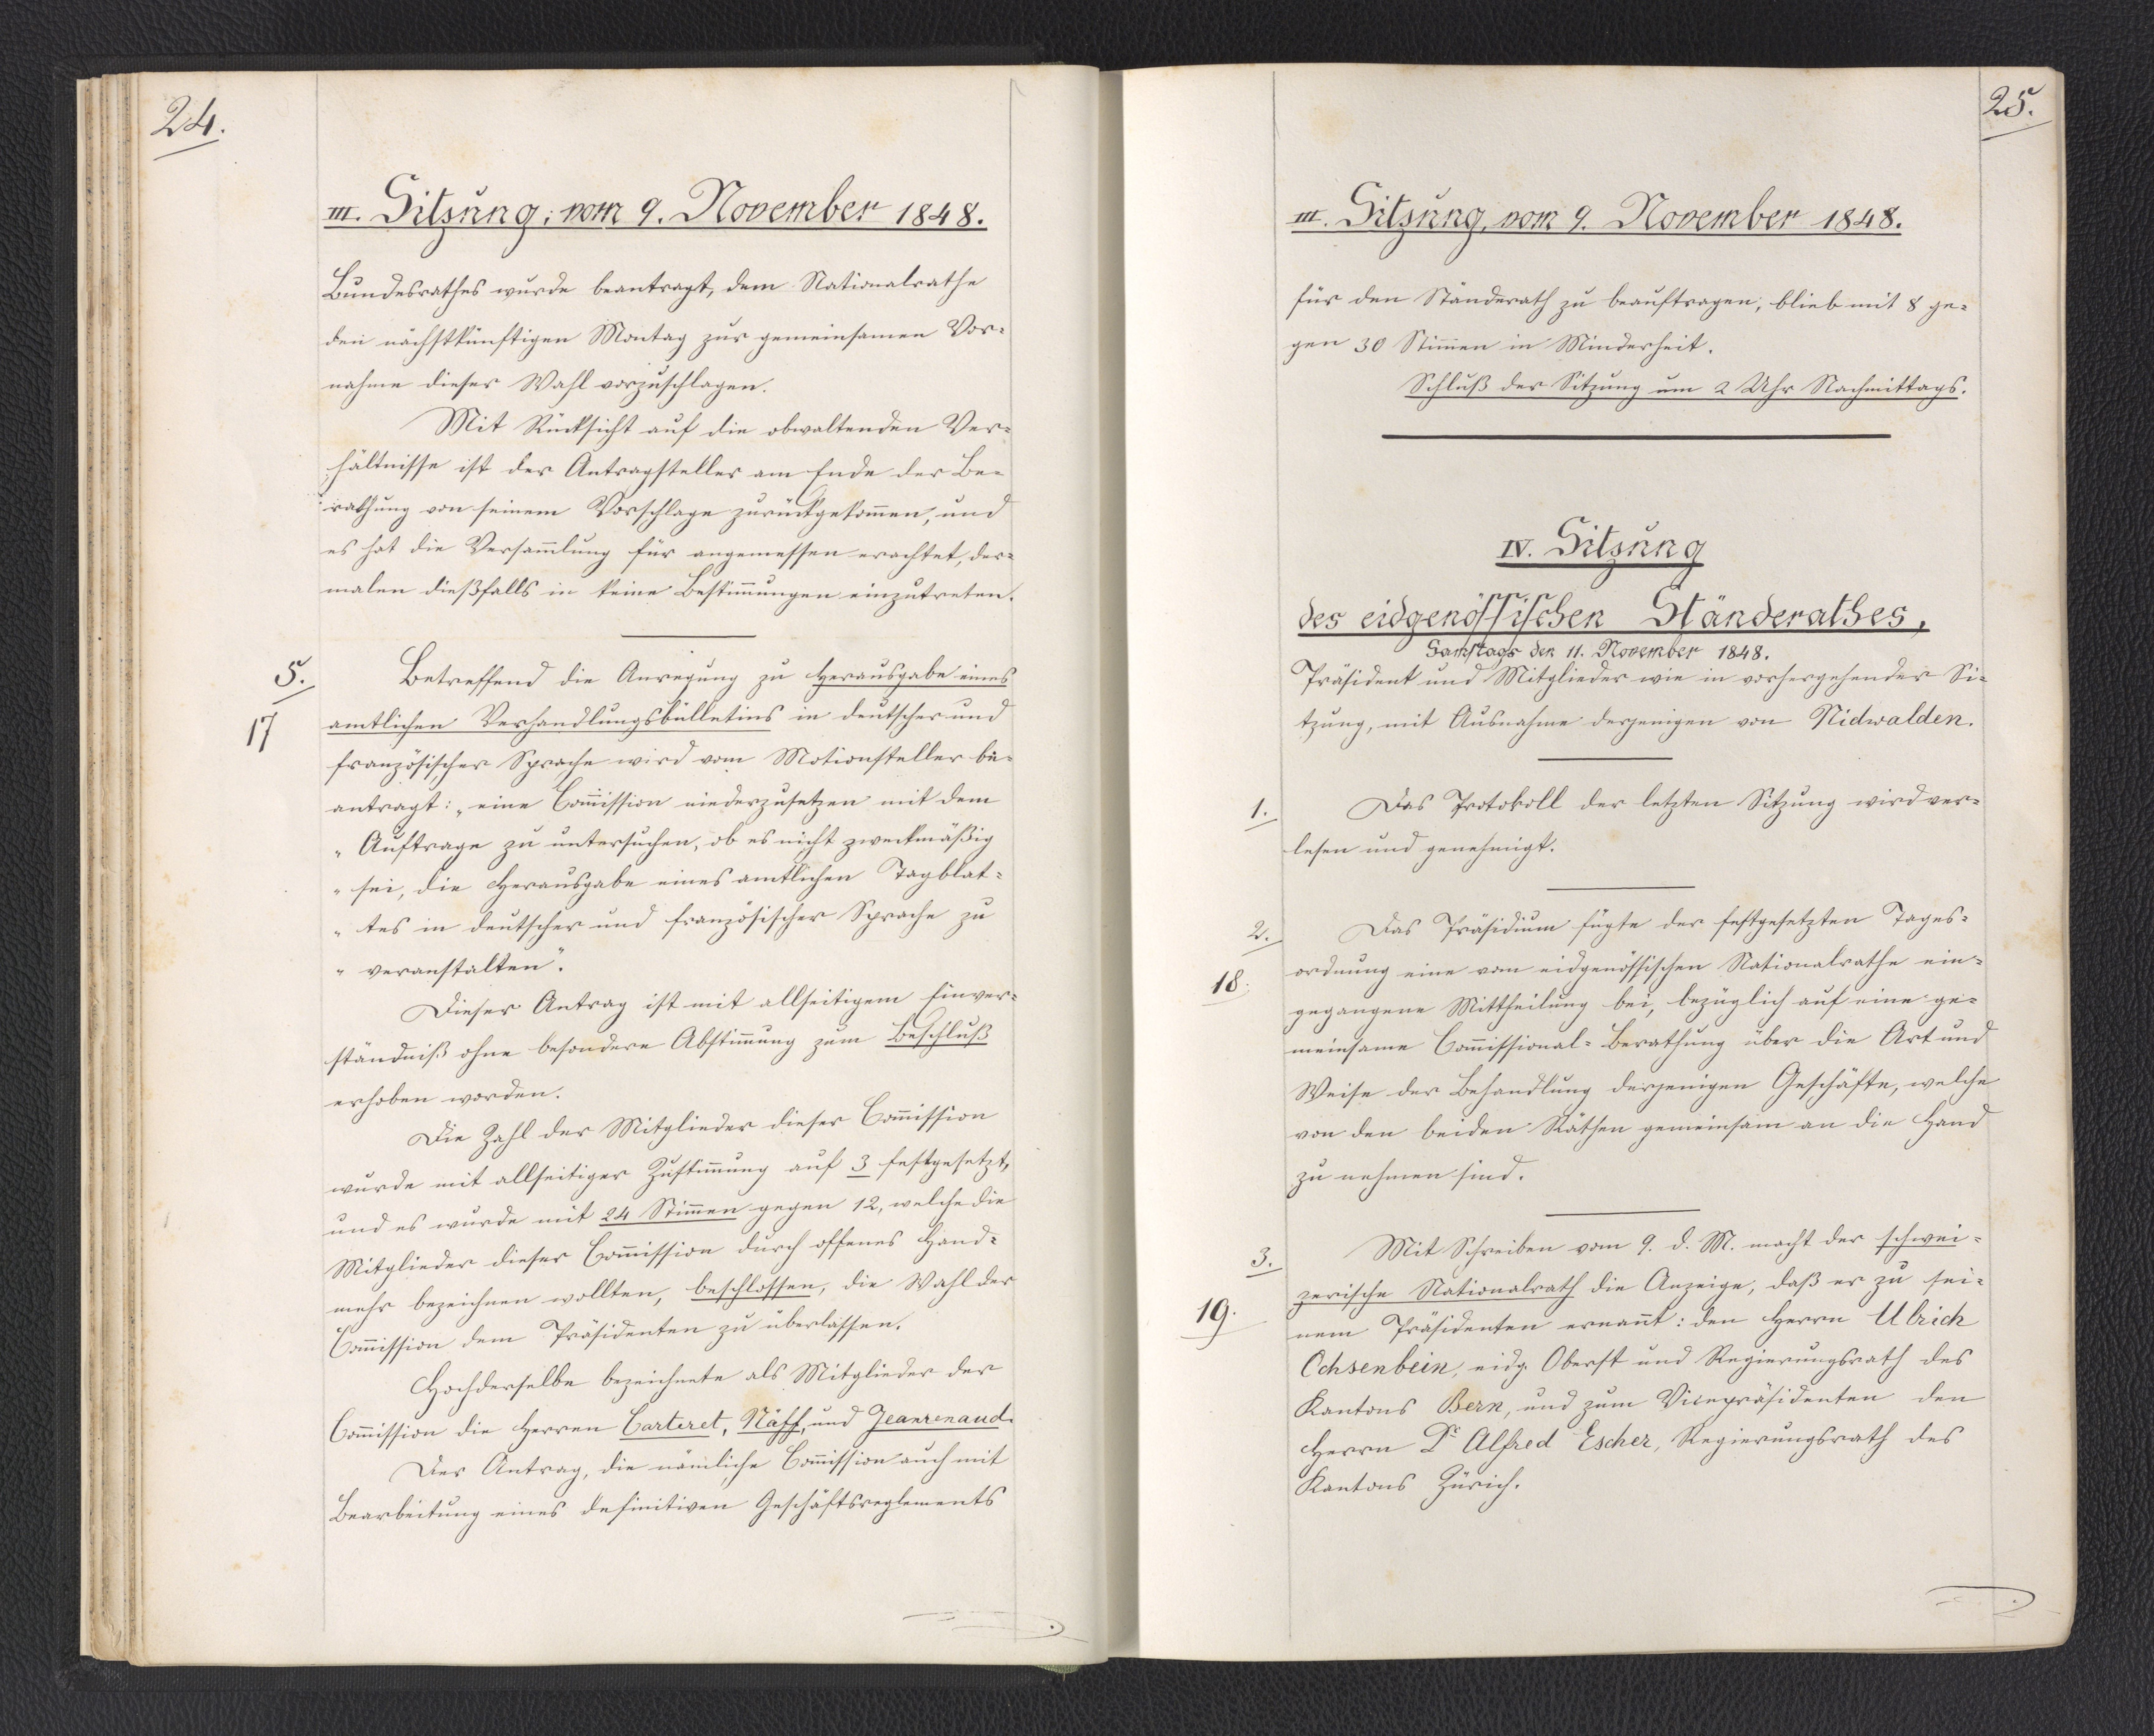
24.

III. Sitzung, vom 9. November 1848.

Bundesrathes wurde beantragt, dem Nationalrathe
den nächstkünftigen Montag zur gemeinsamen Vor¬
nahme dieser Wahl vorzuschlagen.
Mit Rücksicht auf die obwaltenden Ver¬
hältnisse ist der Antragsteller am Ende der Be¬
rathung von seinem Vorschlage zurückgekommen, und
es hat die Versammlung für angemessen erachtet, der¬
malen dießfalls in keine Bestimmungen einzutreten.
Betreffend die Anregung zu Herausgabe eines
amtlichen Verhandlungsbülletins in deutscher und
französischer Sprache wird vom Motionsteller be¬
antragt: "eine Commission niederzusetzen mit dem
Auftrage zu untersuchen, ob es nicht zweckmäßig
sei, die Herausgabe eines amtlichen Tagblat¬
tes in deutscher und französischer Sprache zu
veranstalten."
Dieser Antrag ist mit allseitigem Einver¬
ständniß ohne besondere Abstimmung zum Beschluß
erhoben worden.
Die Zahl der Mitglieder dieser Commission
wurde mit allseitiger Zustimmung auf 3 festgesetzt,
und es wurde mit 24 Stimmen gegen 12, welche die
Mitglieder dieser Commission durch offenes Hand¬
mehr bezeichnen wollten, beschlossen, die Wahl der
Commission dem Präsidenten zu überlassen.
Hochderselbe bezeichnete als Mitglieder der
Commission die Herren Carteret, Näff, und Jeanrenaud.
Der Antrag, die nämliche Commission auch mit
Bearbeitung eines definitiven Geschäftsreglements

5.
17

25.

III. Sitzung, vom 9. November 1848.

für den Ständerath zu beauftragen, blieb mit 8 ge¬
gen 30 Stimmen in Minderheit.
Schluß der Sitzung um 2 Uhr Nachmittags.